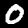
Label: 0